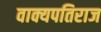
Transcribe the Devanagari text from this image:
वाक्यपतिराज